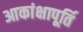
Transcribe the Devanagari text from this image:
आकांक्षापूर्ति